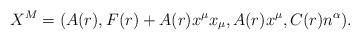
LaTeX: \begin{align*}X^M=\left(A(r),F(r)+A(r)x^\mu x_\mu, A(r)x^\mu , C(r)n^\alpha\right)\!.\end{align*}